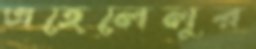
এহেলেলুর